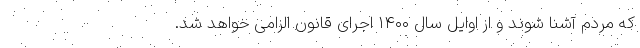
که مردم آشنا شوند و از اوایل سال ۱۴۰۰ اجرای قانون الزامی خواهد شد.